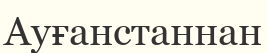
Ауғанстаннан